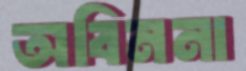
অবিননা